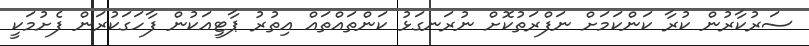
ސަރުކާރުން ކުރާ ކަންކަމަށް ނަފްރަތުކޮށް ނުރަނގަޅު ކަންތައްތައް އިތުރު ޕާޓީއަކުން ފާހަގަކުރަން ފެށުމަކީ